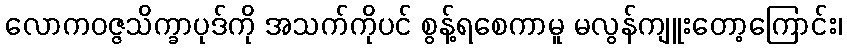
လောကဝဇ္ဇသိက္ခာပုဒ်ကို အသက်ကိုပင် စွန့်ရစေကာမူ မလွန်ကျူးတော့ကြောင်း၊